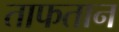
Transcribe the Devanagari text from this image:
ताफतान